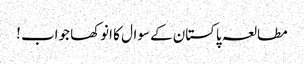
مطالعہ پاکستان کے سوال کا انوکھا جواب !